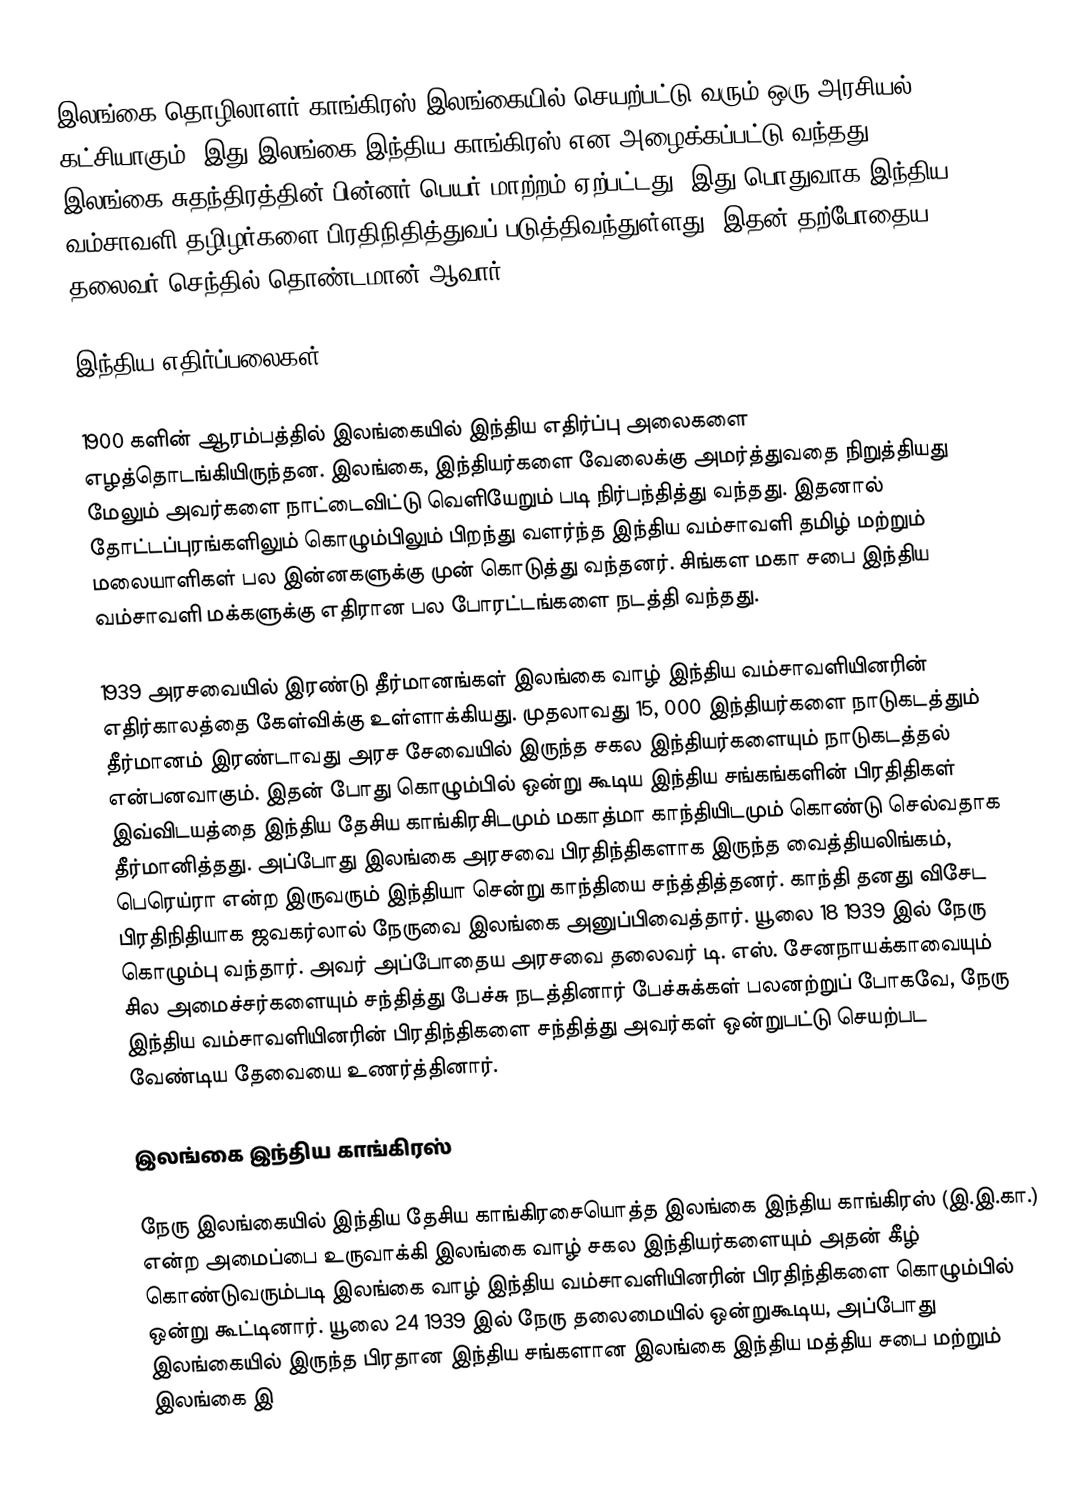
இலங்கை தொழிலாளர் காங்கிரஸ் இலங்கையில் செயற்பட்டு வரும் ஒரு அரசியல் கட்சியாகும். இது இலங்கை இந்திய காங்கிரஸ் என அழைக்கப்பட்டு வந்தது, இலங்கை சுதந்திரத்தின் பின்னர் பெயர் மாற்றம் ஏற்பட்டது. இது பொதுவாக இந்திய வம்சாவளி தழிழர்களை பிரதிநிதித்துவப் படுத்திவந்துள்ளது. இதன் தற்போதைய தலைவர் செந்தில் தொண்டமான் ஆவார்.

இந்திய எதிர்ப்பலைகள்

1900 களின் ஆரம்பத்தில் இலங்கையில் இந்திய எதிர்ப்பு அலைகளை எழத்தொடங்கியிருந்தன. இலங்கை, இந்தியர்களை வேலைக்கு அமர்த்துவதை நிறுத்தியது மேலும் அவர்களை நாட்டைவிட்டு வெளியேறும் படி நிர்பந்தித்து வந்தது. இதனால் தோட்டப்புரங்களிலும் கொழும்பிலும் பிறந்து வளர்ந்த இந்திய வம்சாவளி தமிழ் மற்றும் மலையாளிகள் பல இன்னகளுக்கு முன் கொடுத்து வந்தனர். சிங்கள மகா சபை இந்திய வம்சாவளி மக்களுக்கு எதிரான பல போரட்டங்களை நடத்தி வந்தது.

1939 அரசவையில் இரண்டு தீர்மானங்கள் இலங்கை வாழ் இந்திய வம்சாவளியினரின் எதிர்காலத்தை கேள்விக்கு உள்ளாக்கியது. முதலாவது 15, 000 இந்தியர்களை நாடுகடத்தும் தீர்மானம் இரண்டாவது அரச சேவையில் இருந்த சகல இந்தியர்களையும் நாடுகடத்தல் என்பனவாகும். இதன் போது கொழும்பில் ஒன்று கூடிய இந்திய சங்கங்களின் பிரதிதிகள் இவ்விடயத்தை இந்திய தேசிய காங்கிரசிடமும் மகாத்மா காந்தியிடமும் கொண்டு செல்வதாக தீர்மானித்தது. அப்போது இலங்கை அரசவை பிரதிந்திகளாக இருந்த வைத்தியலிங்கம், பெரெய்ரா என்ற இருவரும் இந்தியா சென்று காந்தியை சந்த்தித்தனர். காந்தி தனது விசேட பிரதிநிதியாக ஜவகர்லால் நேருவை இலங்கை அனுப்பிவைத்தார். யூலை 18 1939 இல் நேரு கொழும்பு வந்தார். அவர் அப்போதைய அரசவை தலைவர் டி. எஸ். சேனநாயக்காவையும் சில அமைச்சர்களையும் சந்தித்து பேச்சு நடத்தினார் பேச்சுக்கள் பலனற்றுப் போகவே, நேரு இந்திய வம்சாவளியினரின் பிரதிந்திகளை சந்தித்து அவர்கள் ஒன்றுபட்டு செயற்பட வேண்டிய தேவையை உணர்த்தினார்.

இலங்கை இந்திய காங்கிரஸ்

நேரு இலங்கையில் இந்திய தேசிய காங்கிரசையொத்த இலங்கை இந்திய காங்கிரஸ் (இ.இ.கா.) என்ற அமைப்பை உருவாக்கி இலங்கை வாழ் சகல இந்தியர்களையும் அதன் கீழ் கொண்டுவரும்படி இலங்கை வாழ் இந்திய வம்சாவளியினரின் பிரதிந்திகளை கொழும்பில் ஒன்று கூட்டினார். யூலை 24 1939 இல் நேரு தலைமையில் ஒன்றுகூடிய, அப்போது இலங்கையில் இருந்த பிரதான இந்திய சங்களான இலங்கை இந்திய மத்திய சபை மற்றும் இலங்கை இ